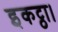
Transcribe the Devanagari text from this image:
इकट्ठा।